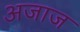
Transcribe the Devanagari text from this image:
अजाज